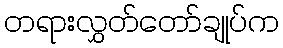
တရားလွှတ်တော်ချုပ်က